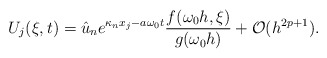
\begin{align*}U_j(\xi,t) = \hat{u}_n e^{\kappa_n x_j-a\omega_{0} t} \frac{f(\omega_{0} h,\xi)}{g(\omega_{0} h)} + \mathcal{O}(h^{2p+1}).\end{align*}